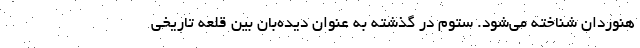
هنوردان شناخته می‌شود. ستوم در گذشته به عنوان دیده‌بان بین قلعه تاریخی